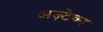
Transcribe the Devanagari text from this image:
अज़्टेका